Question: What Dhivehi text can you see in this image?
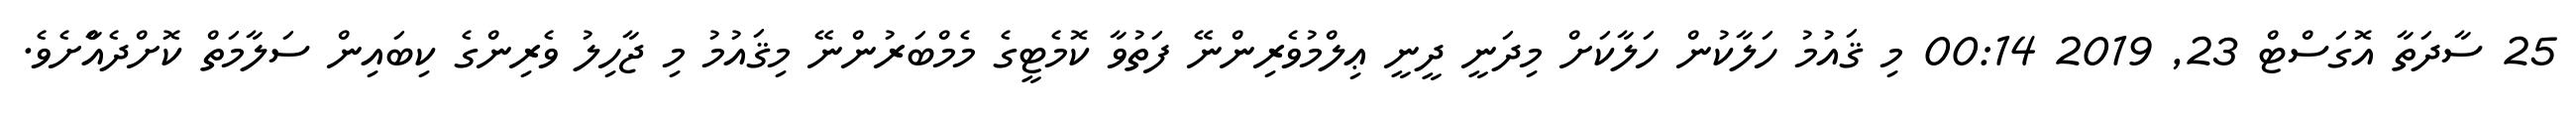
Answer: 25 ސާދަތާ އޮގަސްޓް 23, 2019 00:14 މި ޤައުމު ހަލާކުން ހަލާކަށް މިދަނީ ދީނީ ޢިލްމުވެރިންނޭ ފަތުވާ ކޮމެޓީގެ މެމްބަރުންނޭ މިޤައުމު މި ޖާހިލު ވެރިންގެ ކިބައިން ސަލާމަތް ކޮށްދެއްާށެވެ.